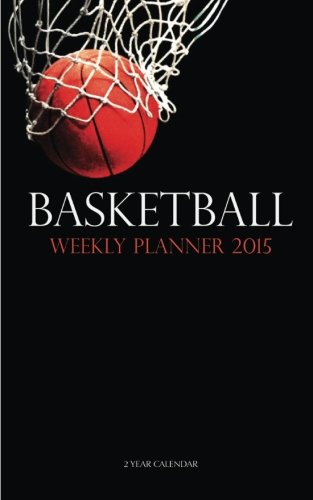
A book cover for Basketball Weekly Planner 2015: 2 Year Calendar; Sam Hub; Calendars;